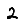
Digit: 2